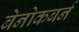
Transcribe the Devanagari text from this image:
बेनोकबर्न